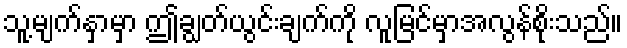
သူ့မျက်နှာမှာ ဤချွတ်ယွင်းချက်ကို လူမြင်မှာအလွန်စိုးသည်။